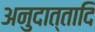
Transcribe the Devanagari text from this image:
अनुदात्तादि